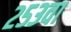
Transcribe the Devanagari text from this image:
२५३वा